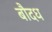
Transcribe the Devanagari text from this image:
बौदध